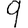
Digit: 9